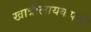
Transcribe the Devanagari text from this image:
खात्रीलायकपणे